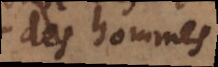
des hommes,